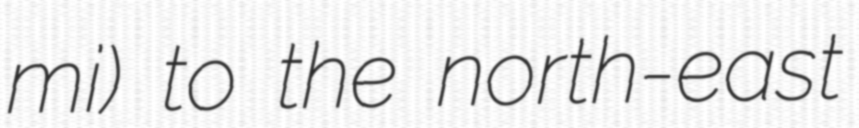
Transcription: mi) to the north-east